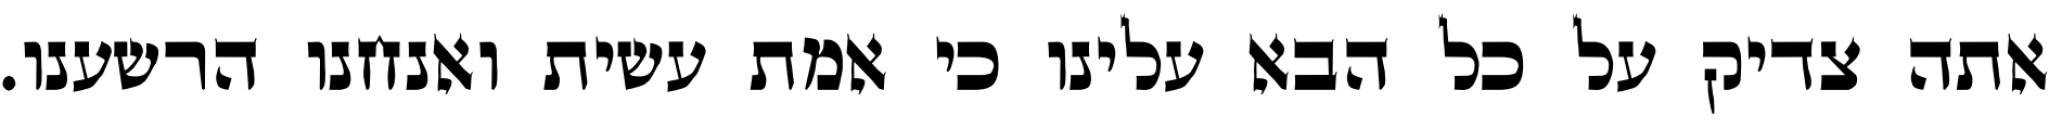
אתה צדיק על כל הבא עלינו כי אמת עשית ואנחנו הרשענו.